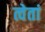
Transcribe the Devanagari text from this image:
त्वेतां